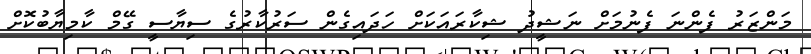
މަންޒަރު ފެންނަ ފެނުމަށް ނަޝީދު ޝިކާރައަކަށް ހަދައިގެން ސަރުކާރުގެ ސިޔާސީ ގޭމް ކާމިޔާބުކޮށް